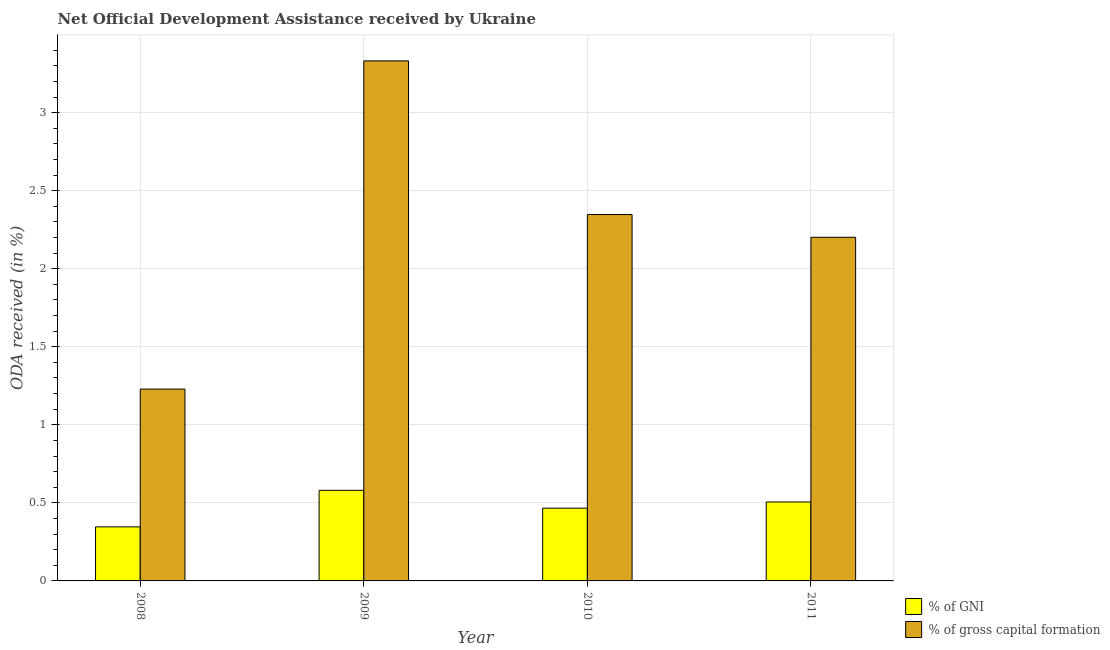
| Year | % of GNI | % of gross capital formation |
 | --- | --- | --- |
 | 2008 | 0.346 | 1.23 |
 | 2009 | 0.58 | 3.33 |
 | 2010 | 0.466 | 2.35 |
 | 2011 | 0.506 | 2.2 |